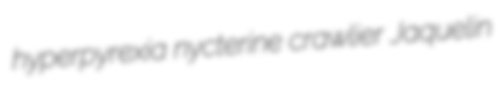
hyperpyrexia nycterine crawlier Jaquelin